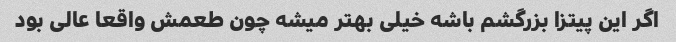
اگر این پیتزا بزرگشم باشه خیلی بهتر میشه چون طعمش واقعا عالی بود